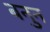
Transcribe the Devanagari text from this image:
बनुन